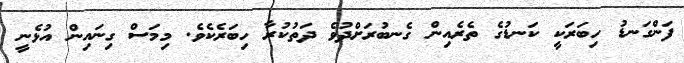
ފަންގަނޑު ހިބަރަކީ ކަނޑުގެ ތެރެއިން ގެނބުރަށްދުވެ ދަތުކުރާ ހިބަރެކެވެ. މިމަސް ގިނައިން އުޅެނީ